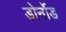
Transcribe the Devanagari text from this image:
डोर्नोड